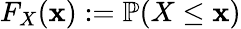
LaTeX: F_{X}(\mathbf{x}):=\mathbb{{P}}(X\le\mathbf{x})